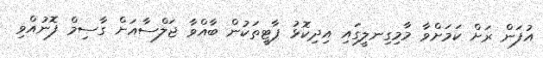
އުފަން ރަށް ކަމަށްވާ މާމިގިނލީގައި އިދިކޮޅު ޕާޓީތަކުން ބާއްވާ ޖަލްސާއަށް ގާސިމް ފޮނުއްވި